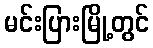
မင်းပြားမြို့တွင်